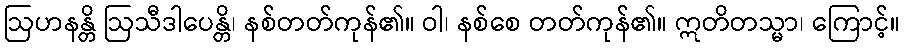
ဩဟနန္တိ ဩသီဒါပေန္တိ၊ နစ်တတ်ကုန်၏။ ဝါ၊ နစ်စေ တတ်ကုန်၏။ ဣတိတသ္မာ၊ ကြောင့်။